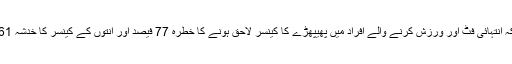
اس سروے سے پتہ چلا کہ انتہائی فٹ اور ورزش کرنے والے افراد میں پھیپھڑے کا کینسر لاحق ہونے کا خطرہ 77 فیصد اور آنتوں کے کینسر کا خدشہ 61 فیصد تک کم ہوجاتا ہے۔